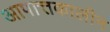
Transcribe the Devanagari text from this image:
आपात्तकालीन